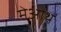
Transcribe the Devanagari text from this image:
मेओथ